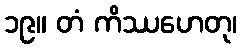
၁၉။ တံ ကိဿဟေတု၊